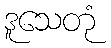
ဒူသေတုံ